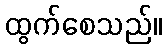
ထွက်စေသည်။